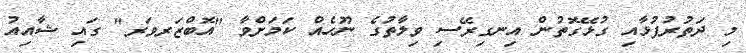
މި ދަތުރުފުޅާއި ގުޅޭގޮތުން އިނގިރޭސި ވިލާތުގެ ނޫހެއް ކަމަށްވާ "އޮބްޒަރވަރ" ގައި ޝާއިއު